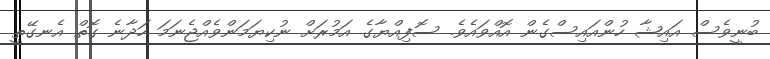
ބުނީވެސް އައިޝާ ހުންއައިސްގެން އޮއްވައެވެ. ސޮފިއްޔާގެ އަމުރަށް ނުކިޔަމަންވެއްޖެނަމަ ހަދާނެ ގޮތް އެނގޭތީ